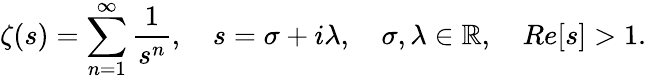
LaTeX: \zeta(s)=\sum_{n=1}^{\infty}\frac{1}{s^{n}},\quad s=\sigma+i\lambda,\quad\sigma,\lambda\in\mathbb{R},\quad Re[s]>1.